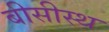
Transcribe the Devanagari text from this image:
बीसीस्थ